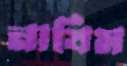
নাযিম